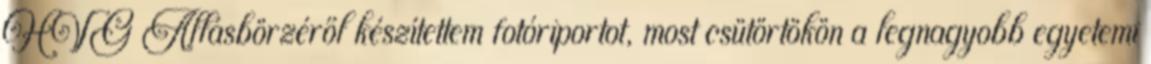
HVG Állásbörzéről készítettem fotóriportot, most csütörtökön a legnagyobb egyetemi